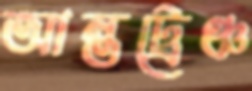
আন্তট্রেঞ্চ